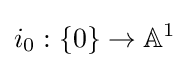
i_{0}:\{0\}\to \mathbb {A} ^{1}